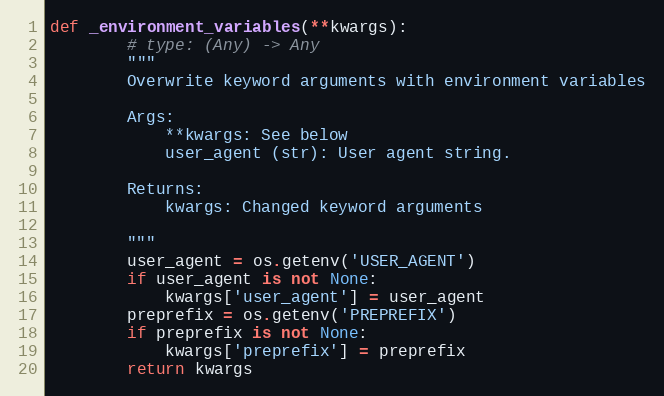
Language: Python
def _environment_variables(**kwargs):
        # type: (Any) -> Any
        """
        Overwrite keyword arguments with environment variables

        Args:
            **kwargs: See below
            user_agent (str): User agent string.

        Returns:
            kwargs: Changed keyword arguments

        """
        user_agent = os.getenv('USER_AGENT')
        if user_agent is not None:
            kwargs['user_agent'] = user_agent
        preprefix = os.getenv('PREPREFIX')
        if preprefix is not None:
            kwargs['preprefix'] = preprefix
        return kwargs